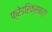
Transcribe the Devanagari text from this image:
फ़्रेडरिक्सबर्ग